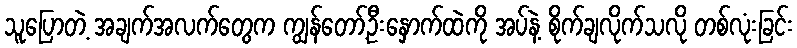
သူပြောတဲ့ အချက်အလက်တွေက ကျွန်တော့်ဦးနှောက်ထဲကို အပ်နဲ့ စိုက်ချလိုက်သလို တစ်လုံးခြင်း